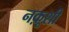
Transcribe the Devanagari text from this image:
नक़ूशी